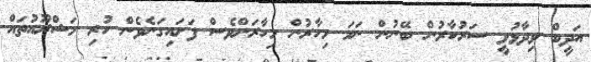
އަދީބް ވިދާޅުވީ ސަރުކާރުން ބޭނުން ނަމަ މިހާރުން މިހާރަށްވެސް ފަށައިގަނެވެން ހުރި މަޝްރޫއުތައް